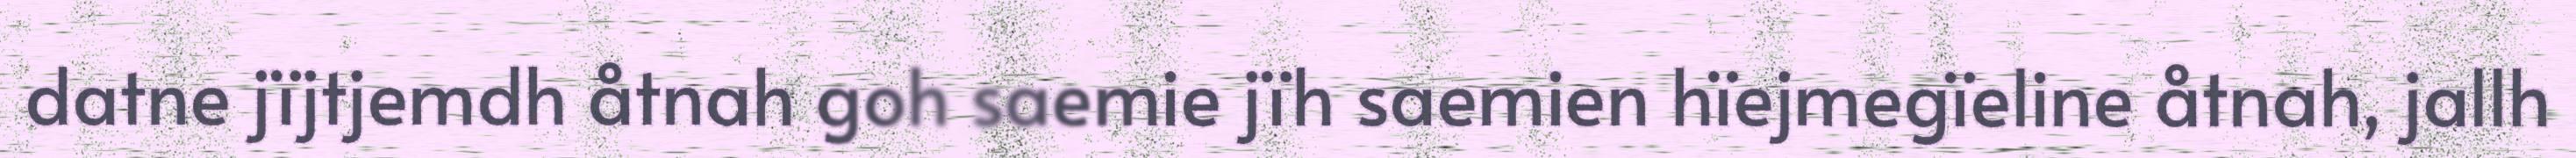
datne jïjtjemdh åtnah goh saemie jïh saemien hïejmegïeline åtnah, jallh